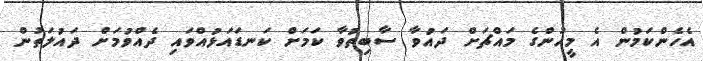
އެހެންކަމުން އެ މީހުންގެ މައްޗަށް ދައުވާ ސާބިތުވާ ކަމަށް ކަނޑައަޅުއްވައި ދެއްވުމަށް ދައުލަތުން